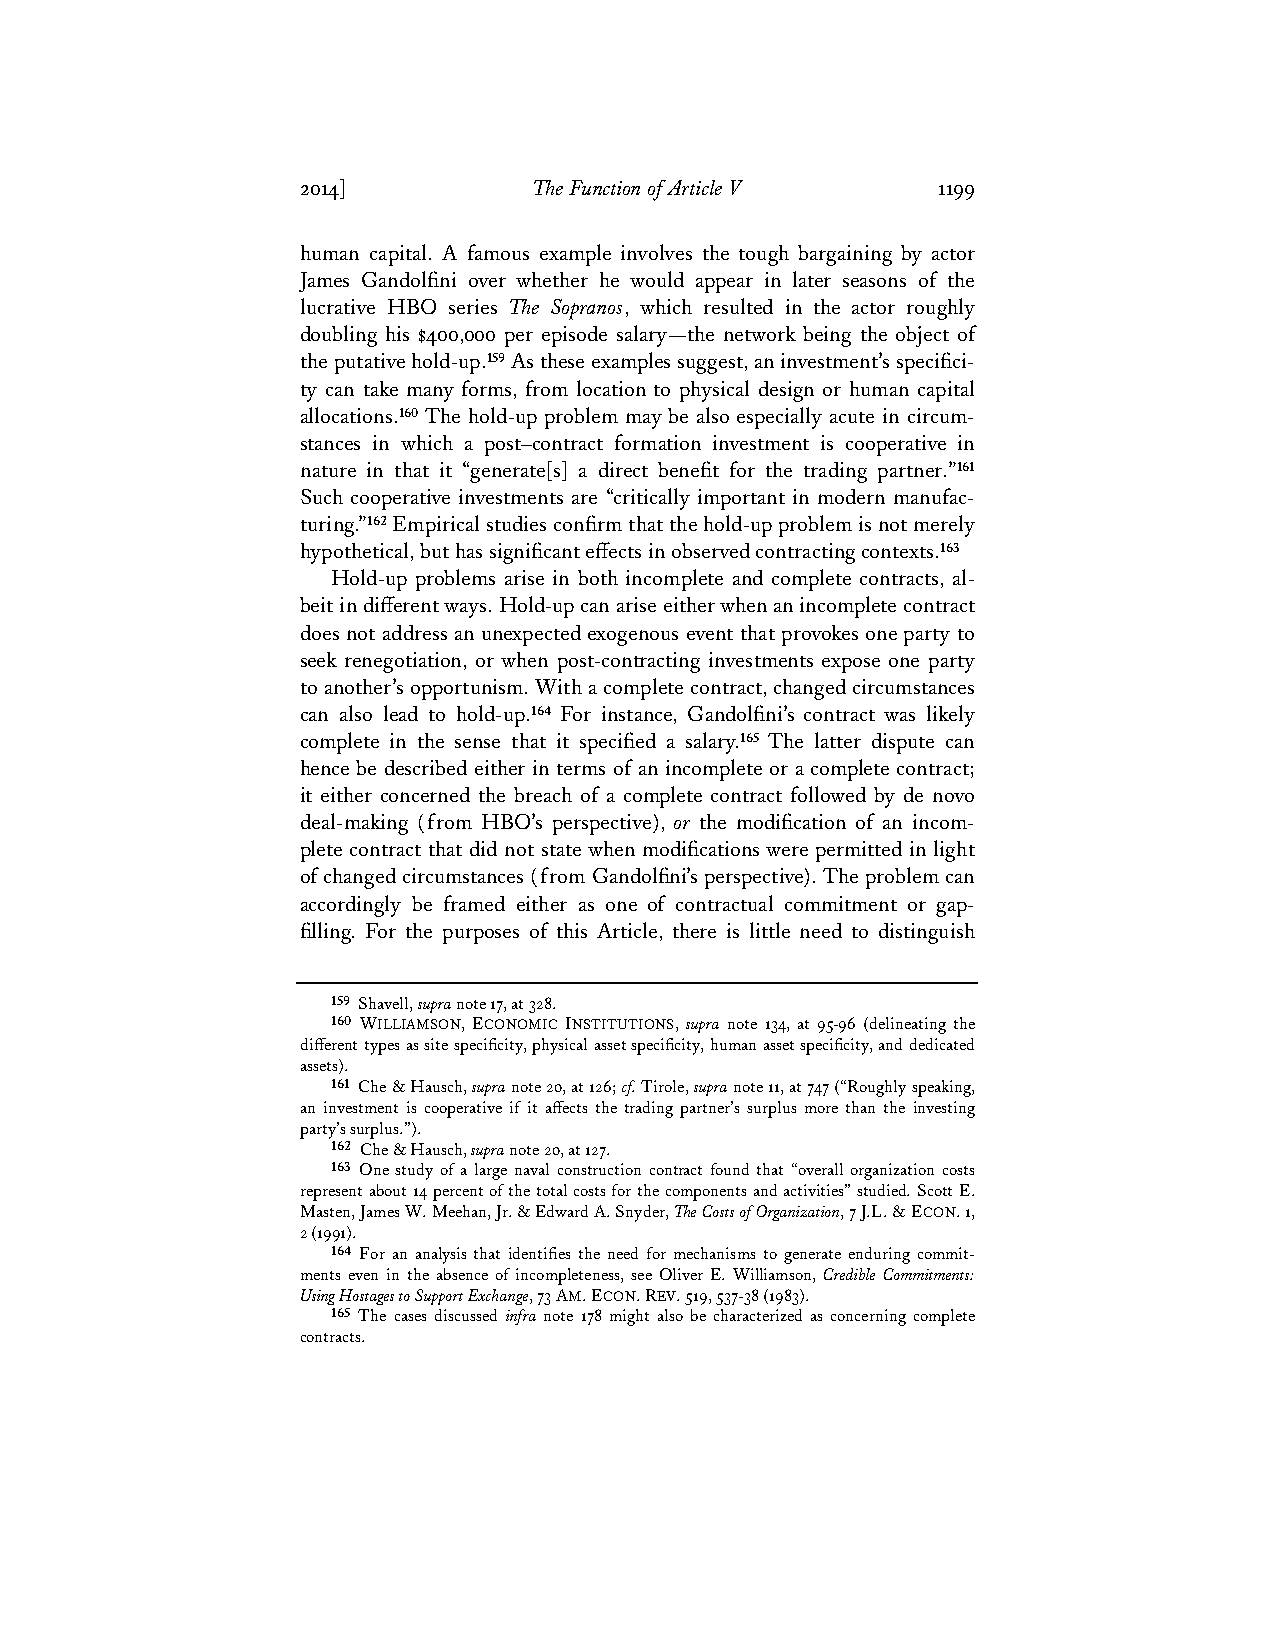
2014]          The Function of Article V  1199
 human capital. A famous example involves the tough bargaining by actor
 James Gandolfini over whether he would appear in later seasons of the
 lucrative HBO series The Sopranos, which resulted in the actor roughly
 doubling his $400,000 per episode salary—the network being the object of
 the putative hold-up.159 As these examples suggest, an investment’s specifici-
 ty can take many forms, from location to physical design or human capital
 allocations.160 The hold-up problem may be also especially acute in circum-
 stances in which a post–contract formation investment is cooperative in
 nature in that it “generate[s] a direct benefit for the trading partner.”161
 Such cooperative investments are “critically important in modern manufac-
 turing.”162 Empirical studies confirm that the hold-up problem is not merely
 hypothetical, but has significant effects in observed contracting contexts.163
 Hold-up problems arise in both incomplete and complete contracts, al-
 beit in different ways. Hold-up can arise either when an incomplete contract
 does not address an unexpected exogenous event that provokes one party to
 seek renegotiation, or when post-contracting investments expose one party
 to another’s opportunism. With a complete contract, changed circumstances
 can also lead to hold-up.164 For instance, Gandolfini’s contract was likely
 complete in the sense that it specified a salary.165 The latter dispute can
 hence be described either in terms of an incomplete or a complete contract;
 it either concerned the breach of a complete contract followed by de novo
 deal-making (from HBO’s perspective), or the modification of an incom-
 plete contract that did not state when modifications were permitted in light
 of changed circumstances (from Gandolfini’s perspective). The problem can
 accordingly be framed either as one of contractual commitment or gap-
 filling. For the purposes of this Article, there is little need to distinguish
 159 Shavell, supra note 17, at 328.
 160 WILLIAMSON, ECONOMIC INSTITUTIONS, supra note 134, at 95-96 (delineating the
 different types as site specificity, physical asset specificity, human asset specificity, and dedicated
 assets).
 161 Che & Hausch, supra note 20, at 126; cf. Tirole, supra note 11, at 747 (“Roughly speaking,
 an investment is cooperative if it affects the trading partner’s surplus more than the investing
 party’s surplus.”).
 162 Che & Hausch, supra note 20, at 127.
 163 One study of a large naval construction contract found that “overall organization costs
 represent about 14 percent of the total costs for the components and activities” studied. Scott E.
 Masten, James W. Meehan, Jr. & Edward A. Snyder, The Costs of Organization, 7 J.L. & ECON. 1,
 2 (1991).
 164 For an analysis that identifies the need for mechanisms to generate enduring commit-
 ments even in the absence of incompleteness, see Oliver E. Williamson, Credible Commitments:
 Using Hostages to Support Exchange, 73 AM. ECON. REV. 519, 537-38 (1983).
 165 The cases discussed infra note 178 might also be characterized as concerning complete
 contracts.